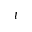
t